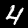
Label: 4